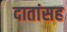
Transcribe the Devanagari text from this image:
दातांसह